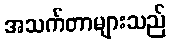
အသက်တာများသည်